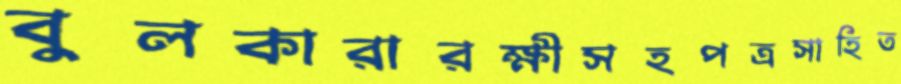
বুলকারারক্ষীসহপত্রসাহিত